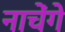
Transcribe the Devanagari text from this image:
नाचेंगे